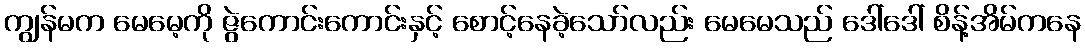
ကျွန်မက မေမေ့ကို ဇွဲကောင်းကောင်းနှင့် စောင့်နေခဲ့သော်လည်း မေမေသည် ဒေါ်ဒေါ် စိန့်အိမ်ကနေ